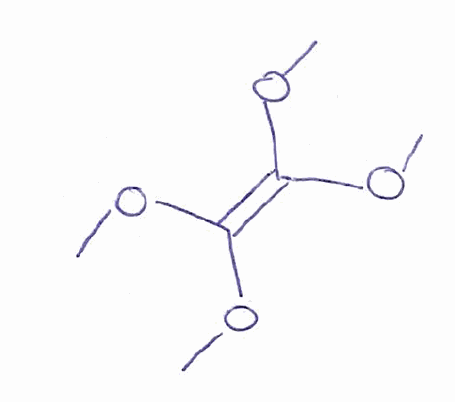
Simplified molecular-input line-entry system (SMILES) notation of the given molecule:
COC(=C(OC)OC)OC